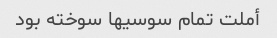
أملت تمام سوسیها سوخته بود